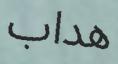
ھداب